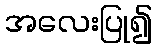
အလေးပြု၍